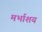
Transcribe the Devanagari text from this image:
मर्भाशय